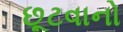
છૂટવાનો